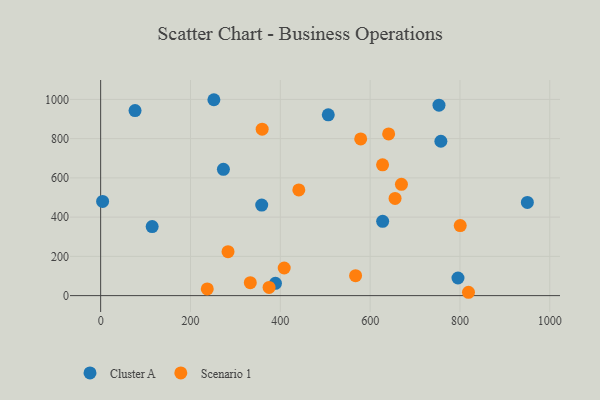
{"axis": {"x": "Engine Size", "y": "Exam Score"}, "legend": ["Cluster A", "Scenario 1"], "data": [{"x": "4.4", "y": 479.9, "type": "Cluster A"}, {"x": "389.2", "y": 62.7, "type": "Cluster A"}, {"x": "753.3", "y": 970.4, "type": "Cluster A"}, {"x": "114.7", "y": 351.6, "type": "Cluster A"}, {"x": "273.3", "y": 643.4, "type": "Cluster A"}, {"x": "252.1", "y": 998.3, "type": "Cluster A"}, {"x": "627.9", "y": 378.4, "type": "Cluster A"}, {"x": "76.6", "y": 942.9, "type": "Cluster A"}, {"x": "757.5", "y": 786.8, "type": "Cluster A"}, {"x": "358.6", "y": 461.2, "type": "Cluster A"}, {"x": "506.8", "y": 921.2, "type": "Cluster A"}, {"x": "795.6", "y": 89.8, "type": "Cluster A"}, {"x": "950.1", "y": 475.1, "type": "Cluster A"}, {"x": "237.4", "y": 34.0, "type": "Scenario 1"}, {"x": "408.7", "y": 140.8, "type": "Scenario 1"}, {"x": "359.6", "y": 848.1, "type": "Scenario 1"}, {"x": "441.2", "y": 538.6, "type": "Scenario 1"}, {"x": "669.7", "y": 567.0, "type": "Scenario 1"}, {"x": "579.0", "y": 798.3, "type": "Scenario 1"}, {"x": "800.6", "y": 356.8, "type": "Scenario 1"}, {"x": "819.0", "y": 17.0, "type": "Scenario 1"}, {"x": "627.7", "y": 666.7, "type": "Scenario 1"}, {"x": "655.5", "y": 495.3, "type": "Scenario 1"}, {"x": "333.2", "y": 66.1, "type": "Scenario 1"}, {"x": "641.2", "y": 824.0, "type": "Scenario 1"}, {"x": "567.6", "y": 101.8, "type": "Scenario 1"}, {"x": "283.6", "y": 223.8, "type": "Scenario 1"}, {"x": "375.0", "y": 41.7, "type": "Scenario 1"}]}